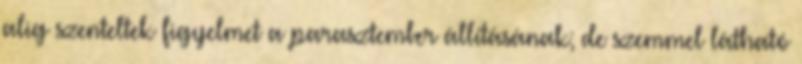
alig szenteltek figyelmet a parasztember állításának; de szemmel látható